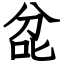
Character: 兺